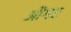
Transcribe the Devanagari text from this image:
औगर